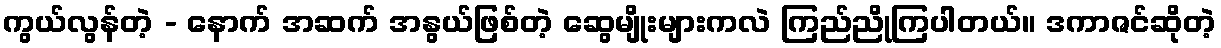
ကွယ်လွန်တဲ့ - နောက် အဆက် အနွယ်ဖြစ်တဲ့ ဆွေမျိုးများကလဲ ကြည်ညိုကြပါတယ်။ ဒကာဇင်ဆိုတဲ့